Vaccination in Burma 1889-1999 - 1889-1999
Year: 1889
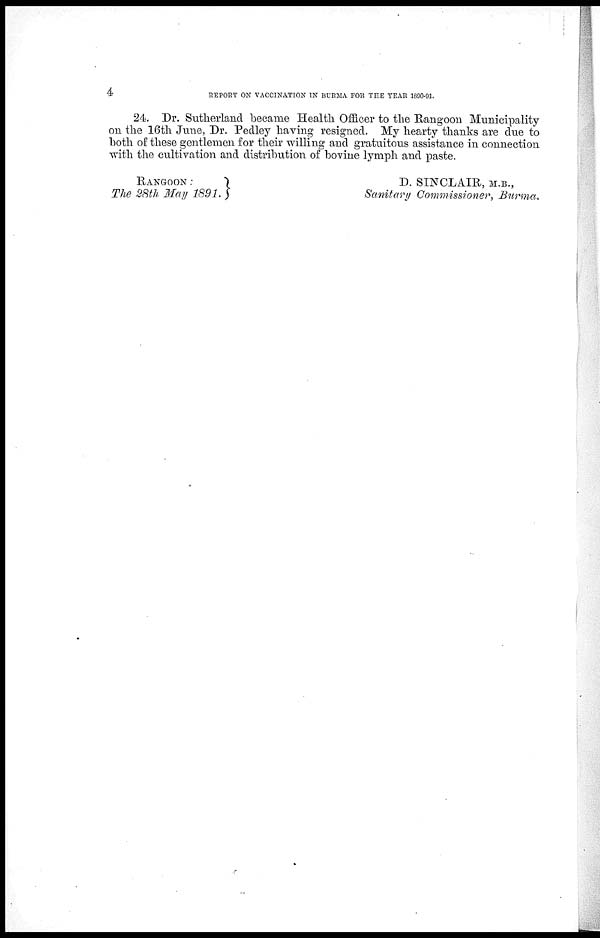
4
REPORT ON VACCINATION IN BURMA FOR THE YEAR 1890-91.
24. Dr. Sutherland became Health Officer to the Rangoon Municipality
on the 16th June, Dr. Pedley having resigned. My hearty thanks are due to
both of these gentlemen for their willing and gratuitous assistance in connection
with the cultivation and distribution of bovine lymph and paste.
RANGOON:
The 28th May 1891.
D. SINCLAIR, M.B.,
Sanitary Commissioner, Burma.